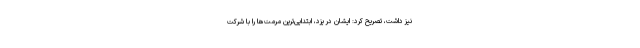
نیز داشت، تصریح کرد: ایشان در یزد، ابتدایی‌ترین مرمت‌ها را با شرکت